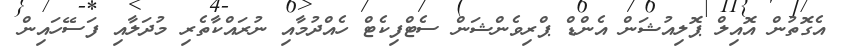
އެގޮތުން އޮއިލް ޕޮލިއުޝަން އެންޑް ޕްރިވެންޝަން ސެޓްފިކެޓް ހެއްދުމާއި ނުރައްކާތެރި މުދަލާއި ފަސޭހައިން